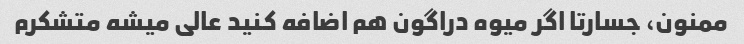
ممنون، جسارتا اگر میوه دراگون هم اضافه کنید عالی میشه متشکرم